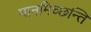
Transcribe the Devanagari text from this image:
मानमिच्छन्ति